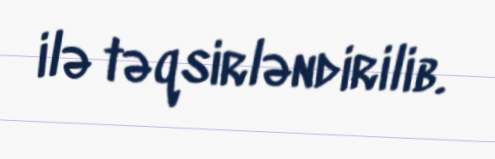
ilə təqsirləndirilib.